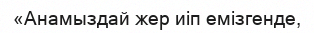
«Анамыздай жер иіп емізгенде,